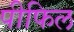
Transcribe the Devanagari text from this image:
पीफिल